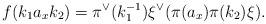
LaTeX: \begin{align*}f(k_1a_xk_2)=\pi^\vee(k_1^{-1})\xi^{\vee}(\pi(a_x)\pi(k_2)\xi).\end{align*}